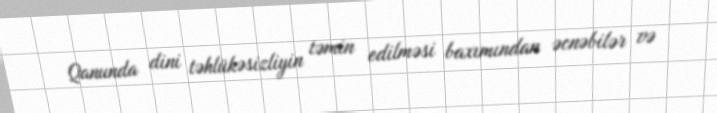
Qanunda dini təhlükəsizliyin təmin edilməsi baxımından əcnəbilər və